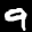
Label: 9